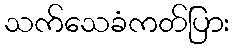
သက်သေခံကတ်ပြား